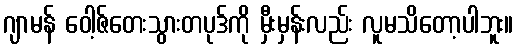
ဂျာမန် ဝေါ့ဇ်တေးသွားတပုဒ်ကို မှီးမှန်းလည်း လူမသိတော့ပါဘူး။